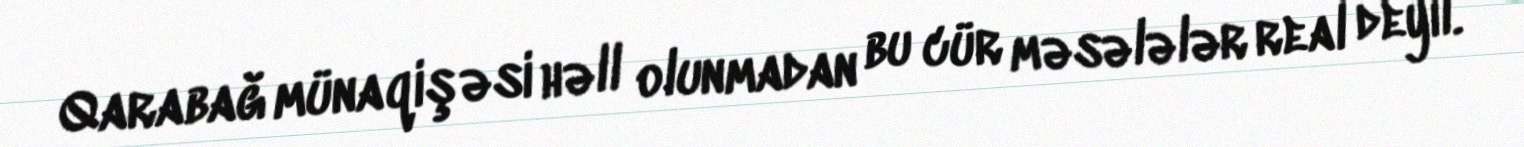
Qarabağ münaqişəsi həll olunmadan bu cür məsələlər real deyil.